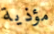
مؤذية